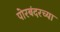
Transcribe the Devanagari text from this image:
पोरबंदरच्या